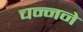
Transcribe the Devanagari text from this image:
चन्नने